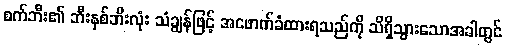
စက်ဘီး၏ ဘီးနှစ်ဘီးလုံး သံချွန်ဖြင့် အဖောက်ခံထားရသည်ကို သိရှိသွားသောအခါတွင်